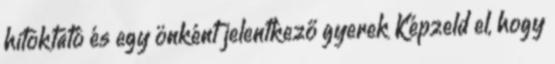
hitoktató és egy önként jelentkező gyerek Képzeld el, hogy